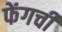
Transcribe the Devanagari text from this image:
फेंगची